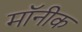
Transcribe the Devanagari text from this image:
मॉनीक